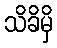
သိခိမှိ